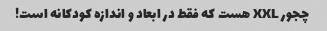
چجور XXL هست که فقط در ابعاد و اندازه کودکانه است!